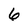
Character: 6